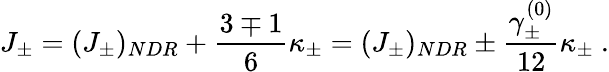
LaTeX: J_{\pm}=(J_{\pm})_{NDR}+\frac{3\mp 1}{6}\kappa_{\pm}=(J_{\pm})_{NDR}\pm\frac{\gamma_{\pm}^{(0)}}{12}\kappa_{\pm}~.